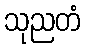
သုညတံ